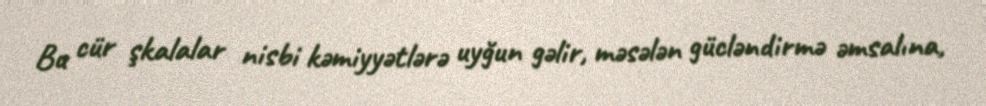
Bu cür şkalalar nisbi kəmiyyətlərə uyğun gəlir, məsələn gücləndirmə əmsalına,